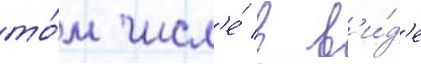
то́м числ'е́ в в'и́д'е